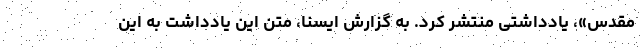
مقدس»، یادداشتی منتشر کرد. به گزارش ایسنا، متن این یادداشت به این